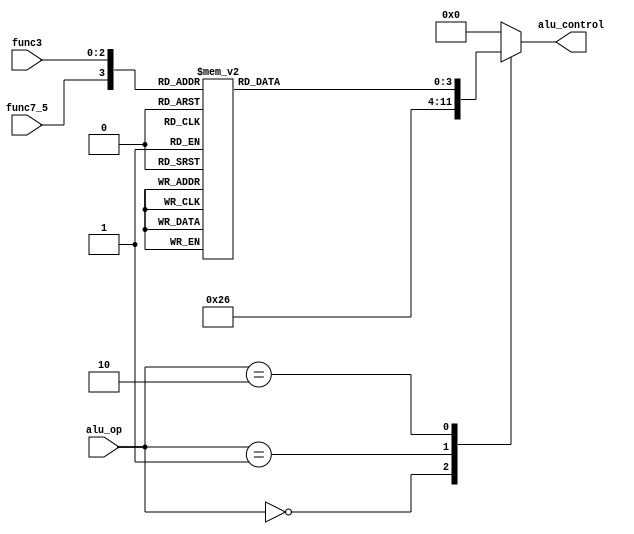
//Module: ALU control
//Function: ALU control is a combinational circuit that takes the ALU control signals from the Control unit as well as the function field of the instruction, and generates the control signals for the ALU

module alu_control(
      input wire       func7_5,
      input wire [2:0] func3,
	input wire [1:0] alu_op,
	output reg [3:0] alu_control
   );

   
   //The ALUOP codes can be found
   //in chapter 4.4 of the book.
   parameter [1:0] ADD_OPCODE    = 2'b00;
   parameter [1:0] SUB_OPCODE    = 2'b01;
   parameter [1:0] R_TYPE_OPCODE = 2'b10;

   //The ALU control codes can be found
   //in chapter 4.4 of the book.
   parameter [3:0] AND_OP        = 4'd0;
   parameter [3:0] OR_OP         = 4'd1;
   parameter [3:0] ADD_OP        = 4'd2;
   parameter [3:0] SLL_OP        = 4'd3;
   parameter [3:0] SRL_OP        = 4'd4;
   parameter [3:0] SUB_OP        = 4'd6;
   parameter [3:0] SLT_OP        = 4'd7;
	parameter [3:0] MUL_OP        = 4'd8;


   //The decoding of the instruction funtion field into the desired
   //alu operation can be found in Figure 4.12 of the Patterson Book,
   //section 4.4
   wire [3:0] function_field = {func7_5, func3};
   parameter [3:0] FUNC_ADD      = 4'b0000;
   parameter [3:0] FUNC_SUB      = 4'b1000;
   parameter [3:0] FUNC_AND      = 4'b0111;
   parameter [3:0] FUNC_OR       = 4'b0110;
   parameter [3:0] FUNC_SLT      = 4'b0010;
   parameter [3:0] FUNC_SLL      = 4'b0001;
   parameter [3:0] FUNC_SRL      = 4'b0101;
	parameter [3:0] FUNC_MUL      = 4'b1001;

	reg [3:0] rtype_op;
   
   always @(*) begin
		case(function_field)
		   FUNC_ADD	:  rtype_op = ADD_OP;
		   FUNC_SUB	:  rtype_op = SUB_OP;
		   FUNC_AND	:  rtype_op = AND_OP;
		   FUNC_OR 	:  rtype_op = OR_OP; 
		   FUNC_SLT	:  rtype_op = SLT_OP;
		   FUNC_SLL	:  rtype_op = SLL_OP;
		   FUNC_SRL	:  rtype_op = SRL_OP;
			FUNC_MUL : rtype_op = MUL_OP;
			default:   rtype_op = 4'd0;
		endcase
	end

	always @(*) begin
		case(alu_op)
			ADD_OPCODE    : alu_control = ADD_OP;	/* add */
			SUB_OPCODE    : alu_control = SUB_OP;	/* sub */
			R_TYPE_OPCODE : alu_control = rtype_op;
			default       : alu_control = 'b0;
		endcase
	end

endmodule